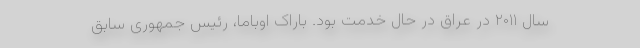
سال ۲۰۱۱ در عراق در حال خدمت بود. باراک اوباما، رئیس جمهوری سابق